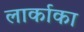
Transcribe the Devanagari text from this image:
लार्काका